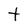
Character: t